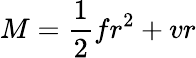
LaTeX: M={\frac{1}{2}}fr^{2}+vr